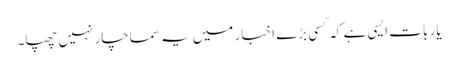
یار بات ایسی ہے کہ کسی بڑے اخبار میں یہ سماچار نہیں چھپا۔